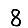
Digit: 8